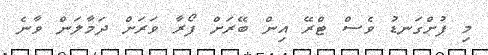
މި ފުށްގަނޑު ވެސް ޓްރޭ އިން ބޭރަށް ފޯރާ ވަރަށް ދަމާލަން ވާނެ